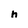
Character: h